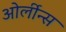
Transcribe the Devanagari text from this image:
ओर्लीन्स